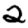
Digit: 2